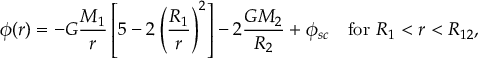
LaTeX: \phi ( r ) = - G \frac { M _ { 1 } } { r } \left[ 5 - 2 \left( \frac { R _ { 1 } } { r } \right) ^ { 2 } \right] - 2 \frac { G M _ { 2 } } { R _ { 2 } } + \phi _ { s c } \ \ \ \mathrm { f o r } \ R _ { 1 } < r < R _ { 1 2 } ,